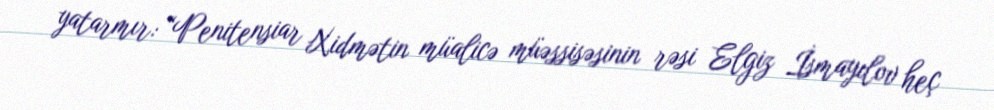
yatarmır: “Penitensiar Xidmətin müalicə müəssisəsinin rəsi Elgiz İsmayılov heç